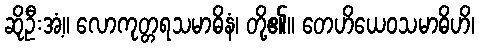
ဆိုဦးအံ့။ လောကုတ္တရသမာဓိနံ၊ တို့၏။ တေဟိယေဝသမာဓိဟိ၊